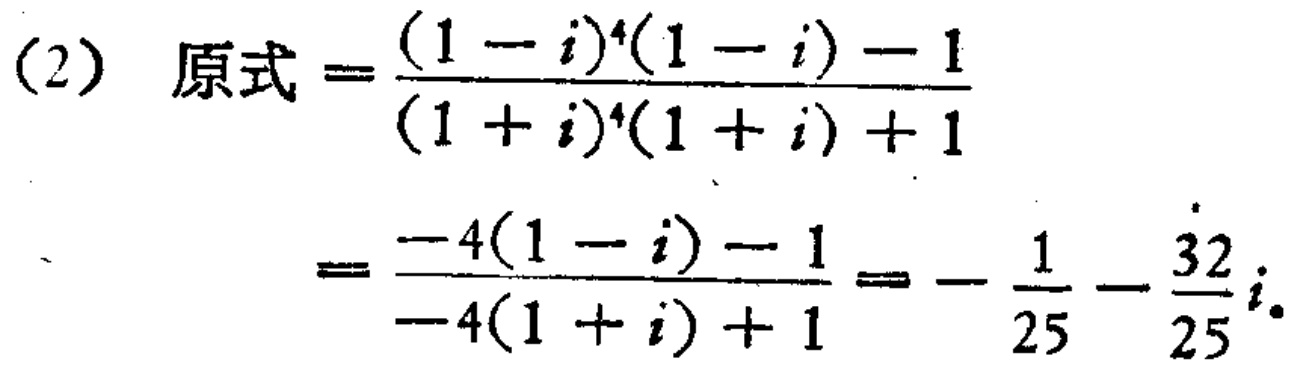
\[

\begin{align*}

(2)\ 原式&=\frac{(1 - i)^4(1 - i) - 1}{(1 + i)^4(1 + i) + 1}\\

&=\frac{-4(1 - i) - 1}{-4(1 + i) + 1}=-\frac{1}{25}-\frac{32}{25}i

\end{align*}

\]